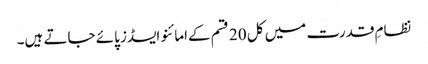
نظامِ قدرت میں کل 20 قسم کےامائنو ایسڈز پائے جاتے ہیں۔